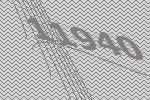
11940